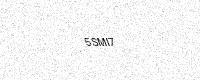
Text: 5SMI7